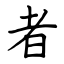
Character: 者